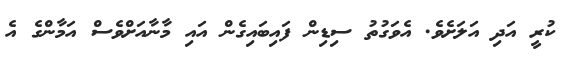
ކުރީ އަދި އަލަށެވެ. އެވަގުތު ސިޑިން ފައިބައިގެން އައި މާނާއަށްވެސް އަމާންގެ އެ